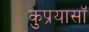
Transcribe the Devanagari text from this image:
कुप्रयासॉ